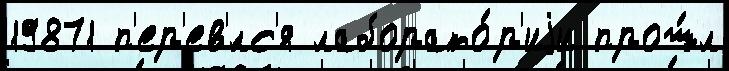
19871 п'ер'ев'́лс'я лаборато́р'иjи прош́л